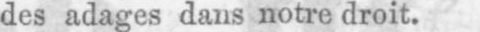
des adages dans notre droit.